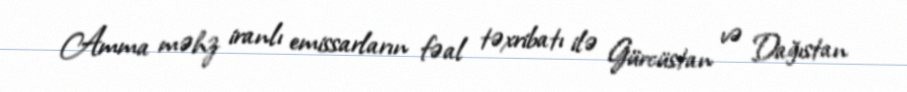
Amma məhz iranlı emissarların fəal təxribatı ilə Gürcüstan və Dağıstan